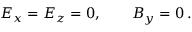
E _ { x } = E _ { z } = 0 , \quad \quad B _ { y } = 0 \, .